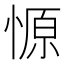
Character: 㥳